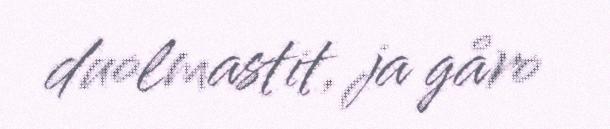
duolmastit, ja gåro